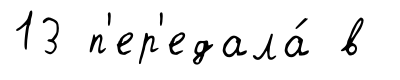
13 п'ер'едала́ в